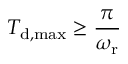
T _ { \mathrm { d , m a x } } \geq \frac { \pi } { \omega _ { \mathrm { r } } }